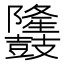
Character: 𪔳